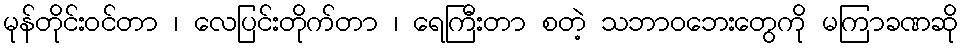
မုန်တိုင်းဝင်တာ ၊ လေပြင်းတိုက်တာ ၊ ရေကြီးတာ စတဲ့ သဘာဝဘေးတွေကို မကြာခဏဆို